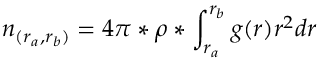
n _ { ( r _ { a } , r _ { b } ) } = 4 \pi * \rho * \int _ { r _ { a } } ^ { r _ { b } } g ( r ) r ^ { 2 } d r